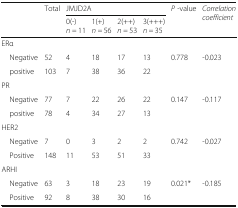
<table><thead><tr><td rowspan="2"></td><td rowspan="2"><b>Total</b></td><td colspan="4"><b>JMJD2A</b></td><td rowspan="2"><b><i>P</i> -value</b></td><td rowspan="2"><b><i>Correlation coefficient</i></b></td></tr><tr><td><b>0(-) <i>n =</i> 11</b></td><td><b>1(+) <i>n =</i> 56</b></td><td><b>2(++) <i>n =</i> 53</b></td><td><b>3(+++) <i>n =</i> 35</b></td></tr></thead><tbody><tr><td>ERα</td><td></td><td></td><td></td><td></td><td></td><td></td><td></td></tr><tr><td> Negative</td><td>52</td><td>4</td><td>18</td><td>17</td><td>13</td><td rowspan="2">0.778</td><td rowspan="2">-0.023</td></tr><tr><td> positive</td><td>103</td><td>7</td><td>38</td><td>36</td><td>22</td></tr><tr><td>PR</td><td></td><td></td><td></td><td></td><td></td><td></td><td></td></tr><tr><td> Negative</td><td>77</td><td>7</td><td>22</td><td>26</td><td>22</td><td rowspan="2">0.147</td><td rowspan="2">-0.117</td></tr><tr><td> positive</td><td>78</td><td>4</td><td>34</td><td>27</td><td>13</td></tr><tr><td>HER2</td><td></td><td></td><td></td><td></td><td></td><td></td><td></td></tr><tr><td> Negative</td><td>7</td><td>0</td><td>3</td><td>2</td><td>2</td><td rowspan="2">0.742</td><td rowspan="2">-0.027</td></tr><tr><td> Positive</td><td>148</td><td>11</td><td>53</td><td>51</td><td>33</td></tr><tr><td>ARHI</td><td></td><td></td><td></td><td></td><td></td><td></td><td></td></tr><tr><td> Negative</td><td>63</td><td>3</td><td>18</td><td>23</td><td>19</td><td rowspan="2">0.021*</td><td rowspan="2">-0.185</td></tr><tr><td> Positive</td><td>92</td><td>8</td><td>38</td><td>30</td><td>16</td></tr></tbody></table>